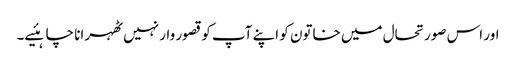
اور اس صورتحال میں خاتون کو اپنے آپ کو قصور وار نہیں ٹھہرانا چاہئیے۔